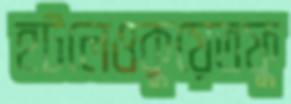
হটলেওকুয়েতফু